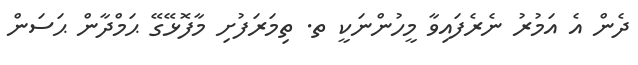
ދެން އެ އަމުރު ނެރެފައިވާ މީހުންނަކީ ތ. ތިމަރަފުށި މާފޮޅޭގޭ ޙަމްދާން ޙަސަން